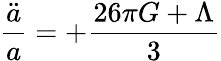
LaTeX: \frac{\ddot{a}}{a}=+\frac{26\pi G+\Lambda}{3}